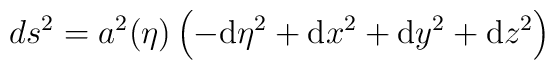
ds^2= a^2(\eta)\left(-\mathrm{d}\eta^2 + \mathrm{d}x^2 +\mathrm{d}y^2 + \mathrm{d}z^2 \right)